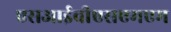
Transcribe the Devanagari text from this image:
एसआईवीएसएमएम